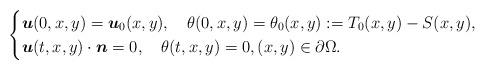
LaTeX: \begin{align*}\begin{cases}\boldsymbol u(0,x,y)=\boldsymbol u_0(x,y),\quad\theta(0,x,y)=\theta_0(x,y):=T_0(x,y)-S(x,y),\\\boldsymbol u(t,x,y)\cdot \boldsymbol n=0,\quad\theta(t,x,y)=0,(x,y)\in\partial\Omega.\end{cases}\end{align*}